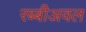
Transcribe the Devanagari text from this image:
रब्बीअवल